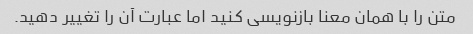
متن را با همان معنا بازنویسی کنید اما عبارت آن را تغییر دهید.